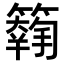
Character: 𥵱